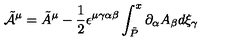
\tilde { { \cal A } } ^ { \mu } = \tilde { A } ^ { \mu } - \frac { 1 } { 2 } \epsilon ^ { \mu \gamma \alpha \beta } \int _ { \tilde { P } } ^ { x } \partial _ { \alpha } A _ { \beta } d \xi _ { \gamma }